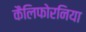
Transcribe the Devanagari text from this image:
कैलिफोरनिया